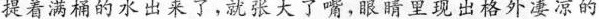
提着满桶的水出来了，就张大了嘴，眼睛里现出格外凄凉的